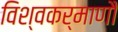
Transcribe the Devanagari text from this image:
विश्वकर्माणौ